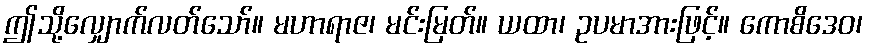
ဤသို့လျှောက်လတ်သော်။ မဟာရာဇ၊ မင်းမြတ်။ ယထာ၊ ဥပမာအားဖြင့်။ ကောစိဒေဝ၊